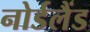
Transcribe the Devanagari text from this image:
नोर्डलैंड